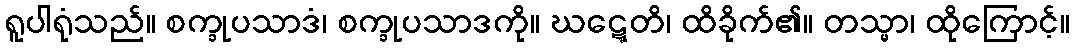
ရူပါရုံသည်။ စက္ခုပသာဒံ၊ စက္ခုပသာဒကို။ ဃဋ္ဋေတိ၊ ထိခိုက်၏။ တသ္မာ၊ ထိုကြောင့်။